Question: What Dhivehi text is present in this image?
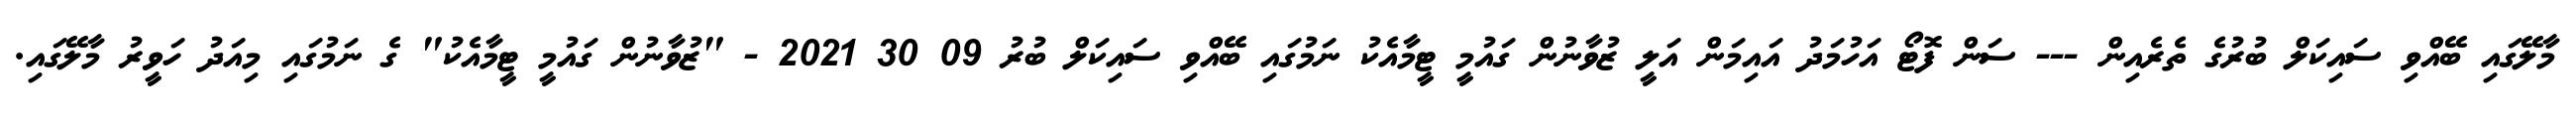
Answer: މާލޭގައި ބޭއްވި ސައިކަލް ބުރުގެ ތެރެއިން --- ސަން ފޮޓޯ އަހުމަދު އައިމަން އަލީ ޒުވާނުން ގައުމީ ޓީމާއެކު ނަމުގައި ބޭއްވި ސައިކަލް ބުރު 09 30 2021 - "ޒުވާނުން ގައުމީ ޓީމާއެކު" ގެ ނަމުގައި މިއަދު ހަވީރު މާލޭގައި.